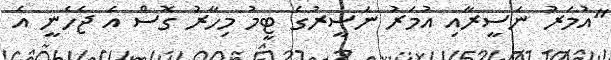
"އުމަރު ނަސީރާއި އުމަރު ނަސީރުގެ ޓީމު މިހާރު ގޮސް އެ ޖެހެނީ އެ